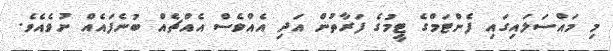
މި މައްސަލައިގައި ފެންޓަމްގެ ޓީމުގެ ފަރާތުން އަދި އެއްވެސް އެއްޗެއް ބުނެފައެއް ނުވެއެވެ.